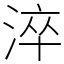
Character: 淬